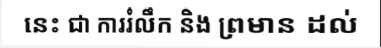
នេះ ជា ការរំលឹក និង ព្រមាន ដល់